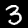
Digit: 3